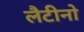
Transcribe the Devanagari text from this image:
लैटीनो